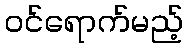
ဝင်ရောက်မည့်